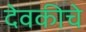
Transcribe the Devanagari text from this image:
देवकीचे